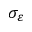
\sigma _ { \varepsilon }